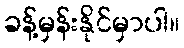
ခန့်မှန်းနိုင်မှာပါ။